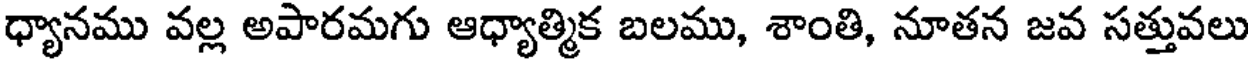
ధ్యానము వల్ల అపారమగు ఆధ్యాత్మిక బలము, శాంతి, నూతన జవ సత్తువలు